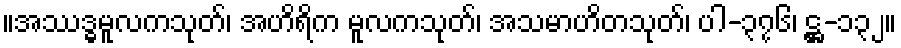
။အဿဒ္ဓမူလကသုတ်၊ အဟိရိက မူလကသုတ်၊ အသမာဟိတသုတ်၊ ပါ-၃၇၆၊ ဋ္ဌ-၁၃၂။